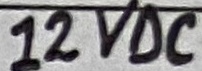
Text: 12VDC